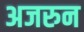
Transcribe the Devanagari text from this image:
अजरुन